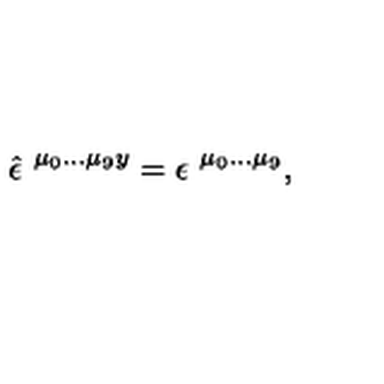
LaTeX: \hat { \epsilon } ^ { \ \mu _ { 0 } \ldots \mu _ { 9 } y } = \epsilon ^ { \ \mu _ { 0 } \ldots \mu _ { 9 } } ,